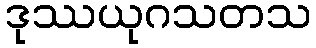
ဒုဿယုဂသတသ